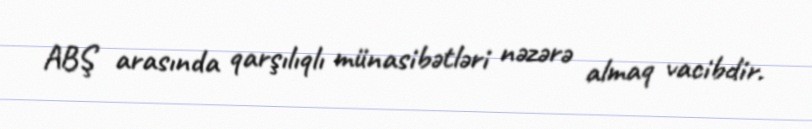
ABŞ arasında qarşılıqlı münasibətləri nəzərə almaq vacibdir.